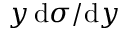
y \, \mathrm { d } \sigma / \mathrm { d } y